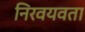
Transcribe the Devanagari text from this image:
निरवयवता